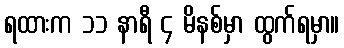
ရထားက ၁၁ နာရီ ၄ မိနစ်မှာ ထွက်ရမှာ။